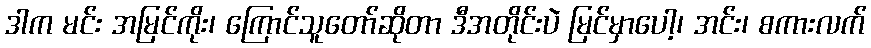
ဒါက မင်း အမြင်ကိုး၊ ကြောင်သူတော်ဆိုတာ ဒီအတိုင်းပဲ မြင်မှာပေါ့၊ အင်း၊ စကားလက်